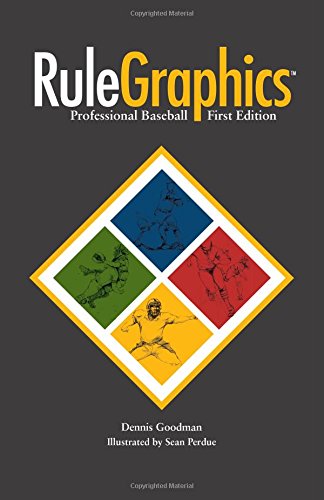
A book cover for RuleGraphics: Professional Baseball; Dennis Goodman; Sports & Outdoors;